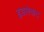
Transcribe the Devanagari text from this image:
हृद्यसंवाद